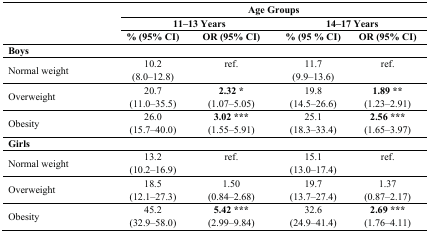
<table><thead><tr><td rowspan="3"></td><td colspan="4"><b>Age Groups</b></td></tr><tr><td colspan="2"><b>11‒13 Years</b></td><td colspan="2"><b>14‒17 Years</b></td></tr><tr><td><b>% (95% CI)</b></td><td><b>OR (95% CI)</b></td><td><b>% (95 % CI)</b></td><td><b>OR (95% CI)</b></td></tr></thead><tbody><tr><td><b>Boys</b></td><td></td><td></td><td></td><td></td></tr><tr><td>Normal weight</td><td>10.2(8.0‒12.8)</td><td>ref.</td><td>11.7(9.9‒13.6)</td><td>ref.</td></tr><tr><td>Overweight</td><td>20.7(11.0‒35.5)</td><td><b>2.32 *</b>(1.07‒5.05)</td><td>19.8(14.5‒26.6)</td><td><b>1.89 **</b>(1.23‒2.91)</td></tr><tr><td>Obesity</td><td>26.0(15.7‒40.0)</td><td><b>3.02 ***</b>(1.55‒5.91)</td><td>25.1(18.3‒33.4)</td><td><b>2.56 ***</b>(1.65‒3.97)</td></tr><tr><td><b>Girls</b></td><td></td><td></td><td></td><td></td></tr><tr><td>Normal weight</td><td>13.2(10.2‒16.9)</td><td>ref.</td><td>15.1(13.0‒17.4)</td><td>ref.</td></tr><tr><td>Overweight</td><td>18.5(12.1‒27.3)</td><td>1.50(0.84‒2.68)</td><td>19.7(13.7‒27.4)</td><td>1.37(0.87‒2.17)</td></tr><tr><td>Obesity</td><td>45.2(32.9‒58.0)</td><td><b>5.42 ***</b>(2.99‒9.84)</td><td>32.6(24.9‒41.4)</td><td><b>2.69 ***</b>(1.76‒4.11)</td></tr></tbody></table>